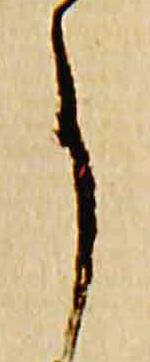
事